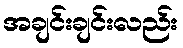
အချင်းချင်းလည်း